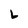
Character: L